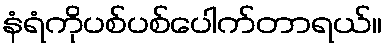
နံရံကိုပစ်ပစ်ပေါက်တာရယ်။